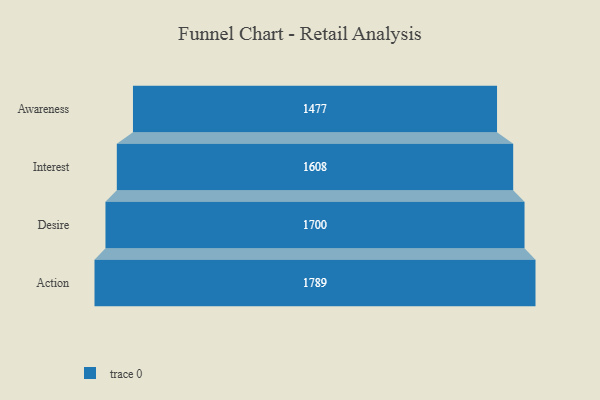
{"axis": {"x": "Stage", "y": "Value"}, "legend": [""], "data": [{"x": "Awareness", "y": 1477.0, "type": ""}, {"x": "Interest", "y": 1608.0, "type": ""}, {"x": "Desire", "y": 1700.0, "type": ""}, {"x": "Action", "y": 1789.0, "type": ""}]}